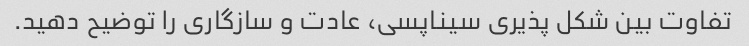
تفاوت بین شکل پذیری سیناپسی، عادت و سازگاری را توضیح دهید.